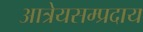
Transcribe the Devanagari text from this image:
आत्रेयसम्प्रदाय